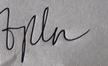
Signature authenticity: genuine